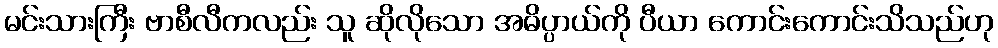
မင်းသားကြီး ဗာစီလီကလည်း သူ ဆိုလိုသော အဓိပ္ပာယ်ကို ပီယာ ကောင်းကောင်းသိသည်ဟု